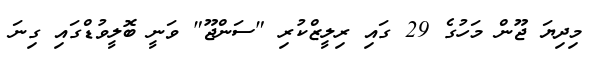
މިދިޔަ ޖޫން މަހުގެ 29 ގައި ރިލީޒްކުރި "ސަންޖޫ" ވަނީ ބޮލީވުޑްގައި ގިނަ